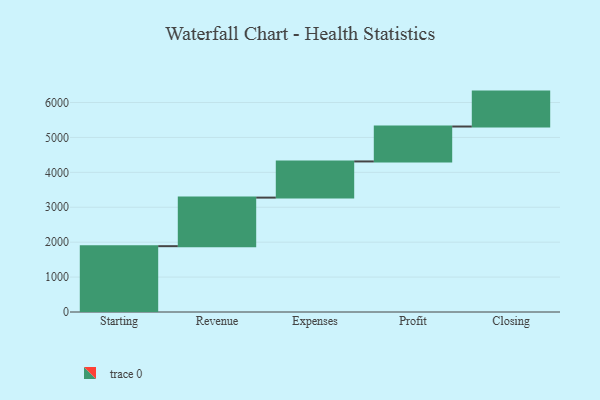
{"axis": {"x": "Step", "y": "Value"}, "legend": [""], "data": [{"x": "Starting", "y": 1885.0, "type": ""}, {"x": "Revenue", "y": 1391.0, "type": ""}, {"x": "Expenses", "y": 1036.0, "type": ""}, {"x": "Profit", "y": 1000, "type": ""}, {"x": "Closing", "y": 1000, "type": ""}]}